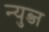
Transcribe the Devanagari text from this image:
न्युब्ज